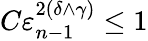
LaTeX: C\varepsilon_{n-1}^{2(\delta\wedge\gamma)}\leq 1